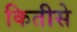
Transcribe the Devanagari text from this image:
कितीसे